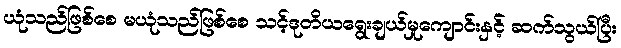
ယုံသည်ဖြစ်စေ မယုံသည်ဖြစ်စေ သင့်ဒုတိယရွေးချယ်မှုကျောင်းနှင့် ဆက်သွယ်ပြီး